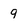
Character: 9